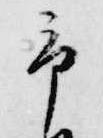
予